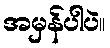
အမှန်ပါပဲ။